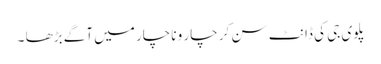
پلوی جی کی ڈانٹ سن کر چار و ناچار میں آگے بڑھا ۔